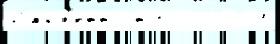
Сабл'етт э́того 600 39